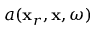
a ( \mathbf { x } _ { r } , \mathbf { x } , \omega )